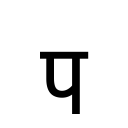
OCR:
प